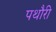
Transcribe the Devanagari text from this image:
पथौरी